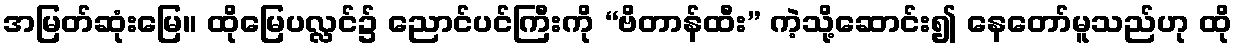
အမြတ်ဆုံးမြေ။ ထိုမြေပလ္လင်၌ ညောင်ပင်ကြီးကို “ဗိတာန်ထီး” ကဲ့သို့ဆောင်း၍ နေတော်မူသည်ဟု ထို